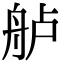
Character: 舻